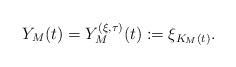
LaTeX: \begin{align*}Y_M(t) = Y_M^{(\xi,\tau)}(t) := \xi_{K_M(t)}.\end{align*}